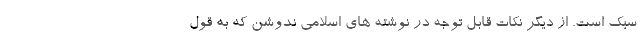
سبک است. از دیگر نکات قابل توجه در نوشته های اسلامی ندوشن که به قول